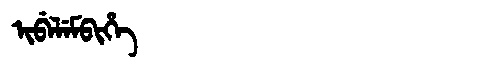
Manchu: ᡳᠪᡝᠯᡝᠮᠪᡳᡥᡝ
Romanization: IBELEMBIHE